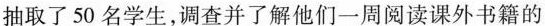
抽取了50名学生，调查并了解他们一周阅读课外书籍的